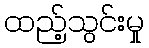
ထည့်သွင်းမှု